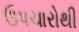
ઉપચારોથી